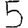
Digit: 5